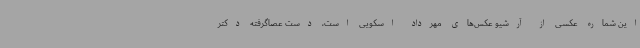
این شماره عکسی از آرشیو عکس‌های مهرداد اسکویی است، دست عصاگرفته دکتر